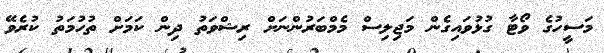
މަސީހުގެ ވޯޓާ ގުޅުވައިގެން މަޖިލިސް މެމްބަރުންނަށް ރިޝްވަތު ދިން ކަމަށް ތުހުމަތު ކުރެވޭ